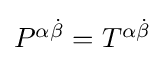
{\textstyle P^{\alpha {\dot {\beta }}}=T^{{\alpha }{\dot {\beta }}}}